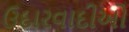
ઉદારવાદીઓ